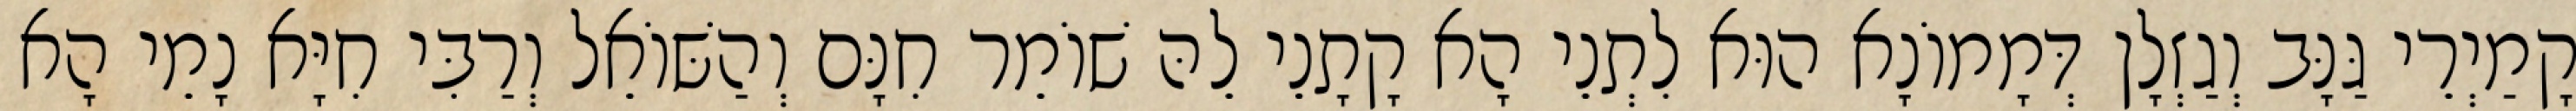
קָמַיְרֵי גַּנָּב וְגַזְלָן דְּמָמוֹנָא הוּא לִתְנֵי הָא קָתָנֵי לֵהּ שׁוֹמֵר חִנָּם וְהַשּׁוֹאֵל וְרַבִּי חִיָּא נָמֵי הָא